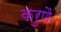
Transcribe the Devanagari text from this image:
करुणैः